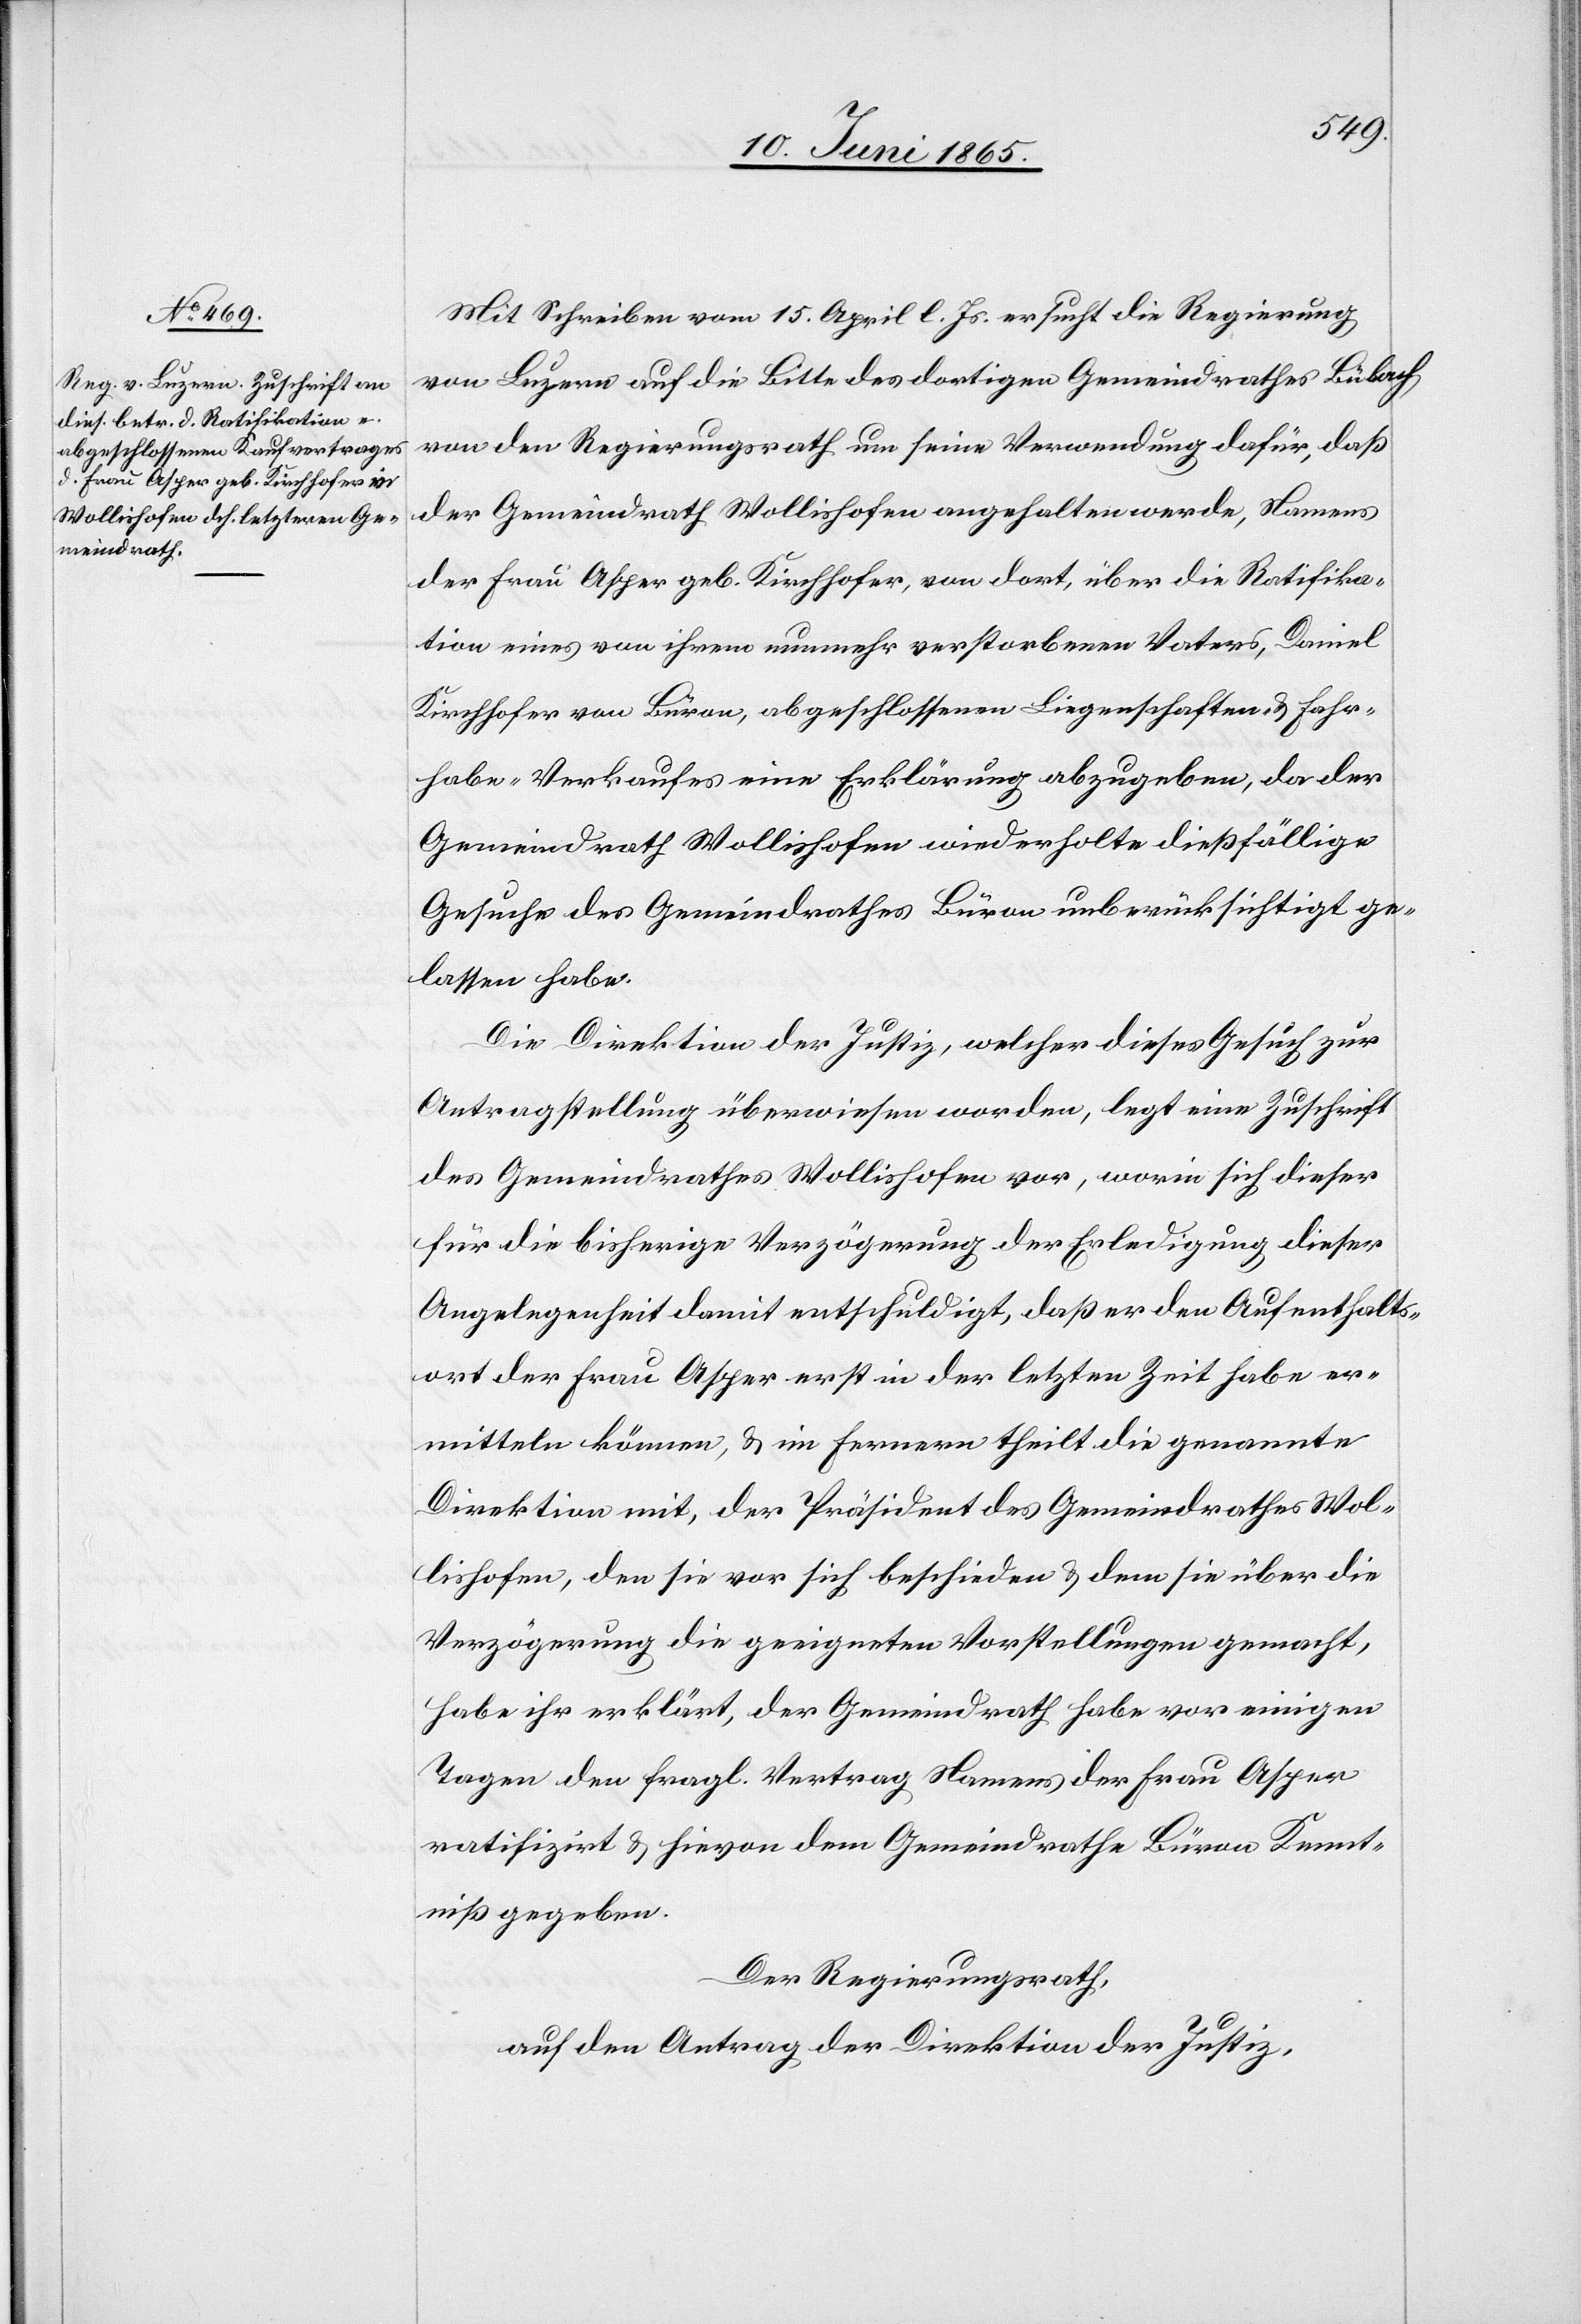
Mit Schreiben vom 15. April l. Js. ersucht die reg von
Luzern auf die Bitte des dortigen Gemeindrathes Bülach
von den Regierungsrath um seine Verwendung dafür, daß
der Gemeindrath Wollishofen angehalten werde, Namens
der Frau Asper geb. Kirchhofer, von dort, über die Ratifika¬
tion eines von ihrem nunmehr verstorbenen Vaters, Daniel
Kirchhofer von Büron, abgeschlossenen Liegenschaften- & Fahr¬
habe-Verkaufes eine Erklärung abzugeben, da der
Gemeindrath Wollishofen wiederholte dießfällige
Gesuche des Gemeindrathes Büron unberücksichtigt ge¬
lassen habe.
Die Direktion der Justiz, welcher dieses Gesuch zur
Antragstellung überwiesen worden, legt eine Zuschrift
des Gemeindrathes Wollishofen vor, worin sich dieser
für die bisherige Verzögerung der Erledigung dieser
Angelegenheit damit entschuldigt, daß er den Aufenthalts¬
ort der Frau Asper erst in der letzten Zeit habe er¬
mitteln können, & im Fernern theilt die genannte
Direktion mit, der Präsident des Gemeindrathes Wol¬
lishofen, den sie vor sich beschieden & dem sie über die
Verzögerung die geeigneten Vorstellungen gemacht,
habe ihr erklärt, der Gemeindrath habe vor einigen
Tagen den fragl. Vertrag Namens der Frau Asper
ratifizirt & hievon dem Gemeindrathe Büron Kennt¬
niß gegeben.
Der Regierungsrath,
auf den Antrag der Direktion der Justiz,